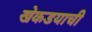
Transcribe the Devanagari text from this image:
खेकडयाची